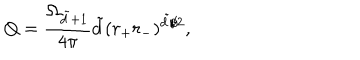
Q = \frac { \Omega _ { \tilde { d } + 1 } } { 4 \pi } \tilde { d } ( r _ { + } r _ { - } ) ^ { \tilde { d } / 2 } ,